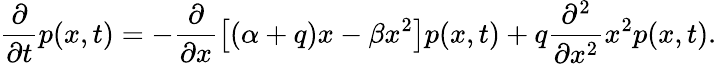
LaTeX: \frac{\partial}{\partial t}p(x,t)=-\frac{\partial}{\partial x}\left[\left(\alpha+q\right)x-\beta x^{2}\right]p(x,t)+q\frac{\partial^{2}}{\partial x^{2}}x^{2}p(x,t).